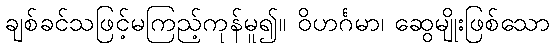
ချစ်ခင်သဖြင့်မကြည့်ကုန်မူ၍။ ဝိဟင်္ဂမာ၊ ဆွေမျိုးဖြစ်သော